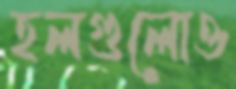
হলগুলোও